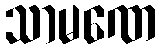
သာမဏေ